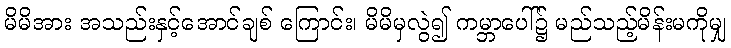
မိမိအား အသည်းနှင့်အောင်ချစ် ကြောင်း၊ မိမိမှလွဲ၍ ကမ္ဘာပေါ်၌ မည်သည့်မိန်းမကိုမျှ